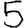
Digit: 5